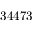
3 4 4 7 3